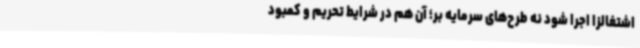
اشتغالزا اجرا شود نه طرح‌های سرمایه بر؛ آن هم در شرایط تحریم و کمبود